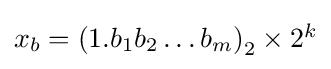
{\textstyle x_{b}=\left(1.b_{1}b_{2}\ldots b_{m}\right)_{2}\times 2^{k}}